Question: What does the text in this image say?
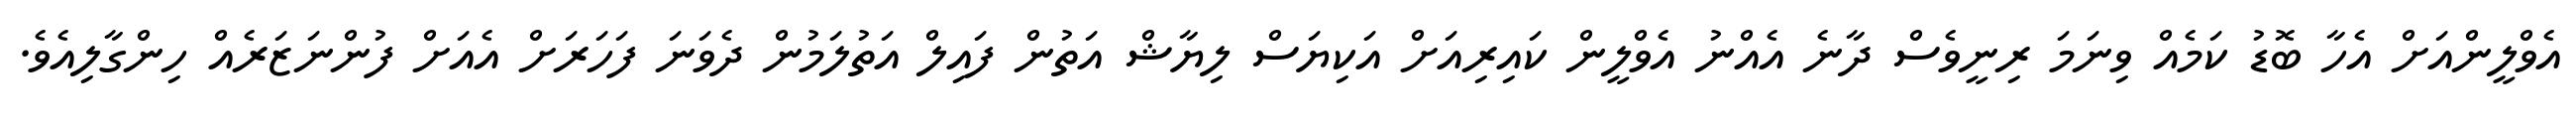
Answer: އެވްލީންއަށް އެހާ ބޮޑު ކަމެއް ވިނަމަ ރިނީވެސް ދާނެ އެއްނު އެވްލީން ކައިރިއަށް އަކިޔަސް ލިޔާޝް އަތުން ފައިލް އަތުލަމުން ދެވަނަ ފަހަރަށް އެއަށް ފުންނަޒަރެއް ހިންގާލިއެވެ.